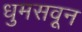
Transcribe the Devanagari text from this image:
धुमसवून